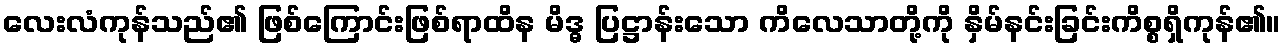
လေးလံကုန်သည်၏ ဖြစ်ကြောင်းဖြစ်ရာထိန မိဒ္ဓ ပြဋ္ဌာန်းသော ကိလေသာတို့ကို နှိမ်နင်းခြင်းကိစ္စရှိကုန်၏။